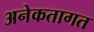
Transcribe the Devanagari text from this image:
अनेकतागत